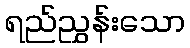
ရည်ညွှန်းသော